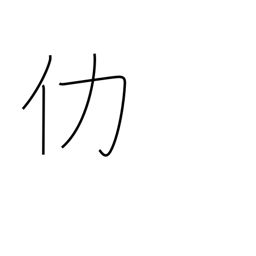
Meaning: surplus or excess